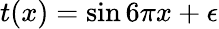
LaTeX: t(x)=\sin{6\pi x}+\epsilon